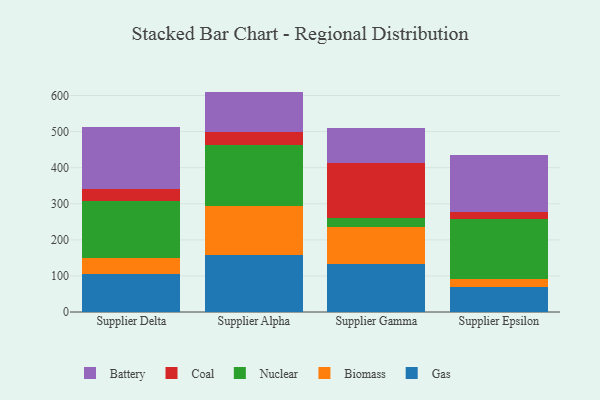
{"axis": {"x": "Supplier", "y": "Operating Costs (USD K)"}, "legend": ["Battery", "Biomass", "Coal", "Gas", "Nuclear"], "data": [{"x": "Supplier Delta", "y": 106.5, "type": "Gas"}, {"x": "Supplier Delta", "y": 43.3, "type": "Biomass"}, {"x": "Supplier Delta", "y": 158.7, "type": "Nuclear"}, {"x": "Supplier Delta", "y": 33.3, "type": "Coal"}, {"x": "Supplier Delta", "y": 171.9, "type": "Battery"}, {"x": "Supplier Alpha", "y": 157.3, "type": "Gas"}, {"x": "Supplier Alpha", "y": 135.9, "type": "Biomass"}, {"x": "Supplier Alpha", "y": 169.0, "type": "Nuclear"}, {"x": "Supplier Alpha", "y": 36.9, "type": "Coal"}, {"x": "Supplier Alpha", "y": 111.7, "type": "Battery"}, {"x": "Supplier Gamma", "y": 133.3, "type": "Gas"}, {"x": "Supplier Gamma", "y": 102.5, "type": "Biomass"}, {"x": "Supplier Gamma", "y": 24.7, "type": "Nuclear"}, {"x": "Supplier Gamma", "y": 152.1, "type": "Coal"}, {"x": "Supplier Gamma", "y": 96.1, "type": "Battery"}, {"x": "Supplier Epsilon", "y": 68.7, "type": "Gas"}, {"x": "Supplier Epsilon", "y": 22.9, "type": "Biomass"}, {"x": "Supplier Epsilon", "y": 166.1, "type": "Nuclear"}, {"x": "Supplier Epsilon", "y": 19.7, "type": "Coal"}, {"x": "Supplier Epsilon", "y": 156.9, "type": "Battery"}]}